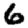
Digit: 6